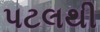
પટલથી